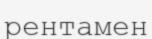
рентамен